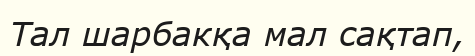
Тал шарбакқа мал сақтап,